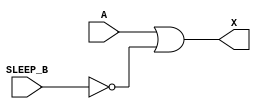
/*
 * Copyright 2020 The SkyWater PDK Authors
 *
 * Licensed under the Apache License, Version 2.0 (the "License");
 * you may not use this file except in compliance with the License.
 * You may obtain a copy of the License at
 *
 *     https://www.apache.org/licenses/LICENSE-2.0
 *
 * Unless required by applicable law or agreed to in writing, software
 * distributed under the License is distributed on an "AS IS" BASIS,
 * WITHOUT WARRANTIES OR CONDITIONS OF ANY KIND, either express or implied.
 * See the License for the specific language governing permissions and
 * limitations under the License.
 *
 * SPDX-License-Identifier: Apache-2.0
*/


`ifndef SKY130_FD_SC_HDLL__INPUTISO1N_FUNCTIONAL_V
`define SKY130_FD_SC_HDLL__INPUTISO1N_FUNCTIONAL_V

/**
 * inputiso1n: Input isolation, inverted sleep.
 *
 *             X = (A & SLEEP_B)
 *
 * Verilog simulation functional model.
 */

`timescale 1ns / 1ps
`default_nettype none

`celldefine
module sky130_fd_sc_hdll__inputiso1n (
    X      ,
    A      ,
    SLEEP_B
);

    // Module ports
    output X      ;
    input  A      ;
    input  SLEEP_B;

    // Local signals
    wire SLEEP;

    //  Name  Output  Other arguments
    not not0 (SLEEP , SLEEP_B        );
    or  or0  (X     , A, SLEEP       );

endmodule
`endcelldefine

`default_nettype wire
`endif  // SKY130_FD_SC_HDLL__INPUTISO1N_FUNCTIONAL_V